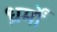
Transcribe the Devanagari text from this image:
ध्रर्मों